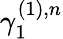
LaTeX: \gamma_{1}^{(1),n}